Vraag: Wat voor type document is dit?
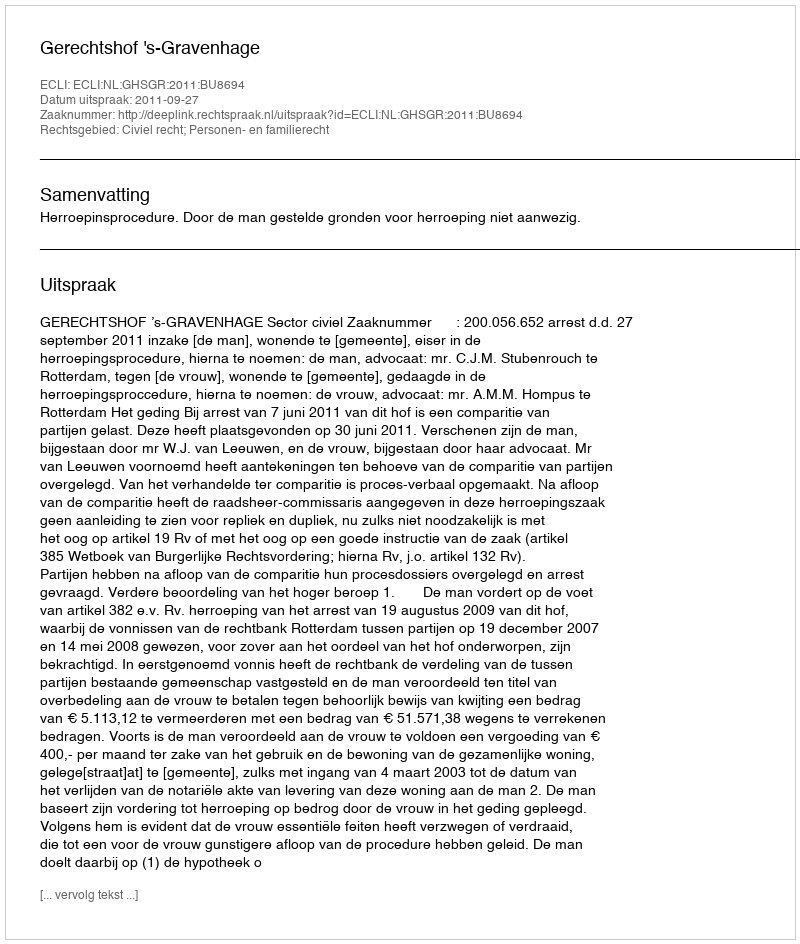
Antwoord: Uitspraak